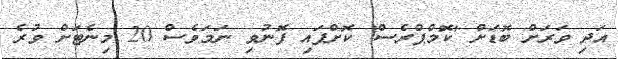
އަދި ވަރަށް ބޮޑަށް 'ކޮމްޕްރެސް' ކޮށްފައި ފޮނުވި ނަމަވެސް 20 މިނެޓަށް ވުރެ